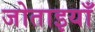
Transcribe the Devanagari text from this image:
जोताइयाँ